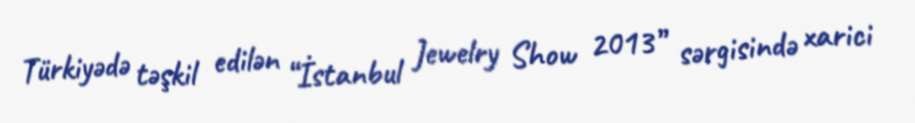
Türkiyədə təşkil edilən “İstanbul Jewelry Show 2013” sərgisində xarici